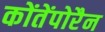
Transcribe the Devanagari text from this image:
कोंतेंपोरैन